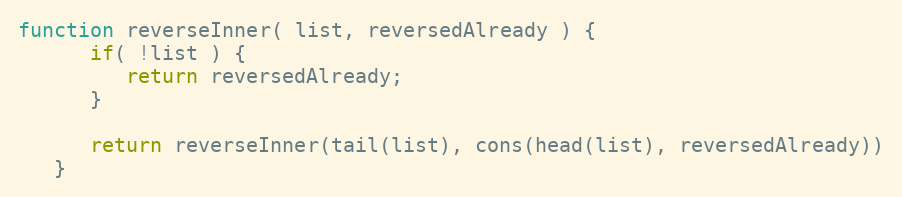
Language: JavaScript
function reverseInner( list, reversedAlready ) {
      if( !list ) {
         return reversedAlready;
      }

      return reverseInner(tail(list), cons(head(list), reversedAlready))
   }